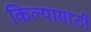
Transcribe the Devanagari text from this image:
किल्यासाठी